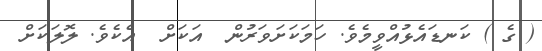
( ގެ ) ކަނޑައެޅުއްވީމެވެ. ހަމަކަށަވަރުން  އަކަށް  އެކެވެ. ލޮލަކަށް